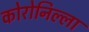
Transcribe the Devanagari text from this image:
कोरोनिल्ला